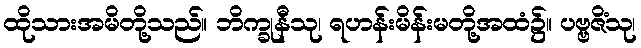
ထိုသားအမိတို့သည်။ ဘိက္ခုနီသု၊ ရဟန်းမိန်းမတို့အထံ၌။ ပဗ္ဗဇိံသု၊